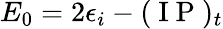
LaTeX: E_{0}=2\epsilon_{i}-(\mathrm{~I~P~})_{t}